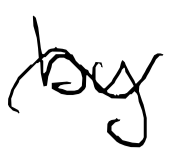
Text: by
Cross-out: mix
Writing tool: digital_black